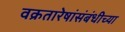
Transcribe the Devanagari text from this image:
वक्रतारेषांसंबंधीच्या